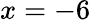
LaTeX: x=-6